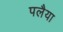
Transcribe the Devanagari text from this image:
पलैया